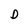
Character: D